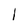
Character: 1